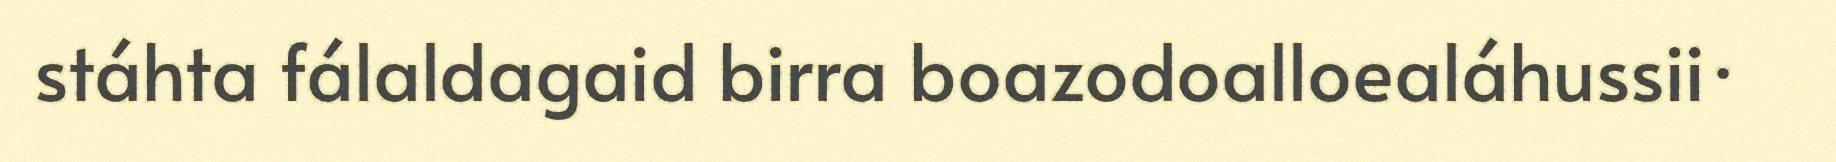
stáhta fálaldagaid birra boazodoalloealáhussii·